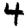
Digit: 4